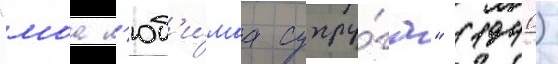
"моа л'юб'и́маа супру́га" (1940)